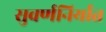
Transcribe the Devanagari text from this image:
सुवर्णनिर्यात